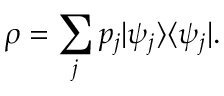
\rho = \sum _ { j } p _ { j } | \psi _ { j } \rangle \langle \psi _ { j } | .